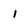
Character: l